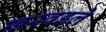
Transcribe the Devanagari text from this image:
खरवडले